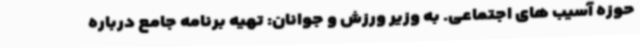
حوزه آسیب های اجتماعی. به وزیر ورزش و جوانان: تهیه برنامه جامع درباره